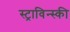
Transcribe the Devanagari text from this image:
स्ट्राविन्स्की